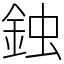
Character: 鉵